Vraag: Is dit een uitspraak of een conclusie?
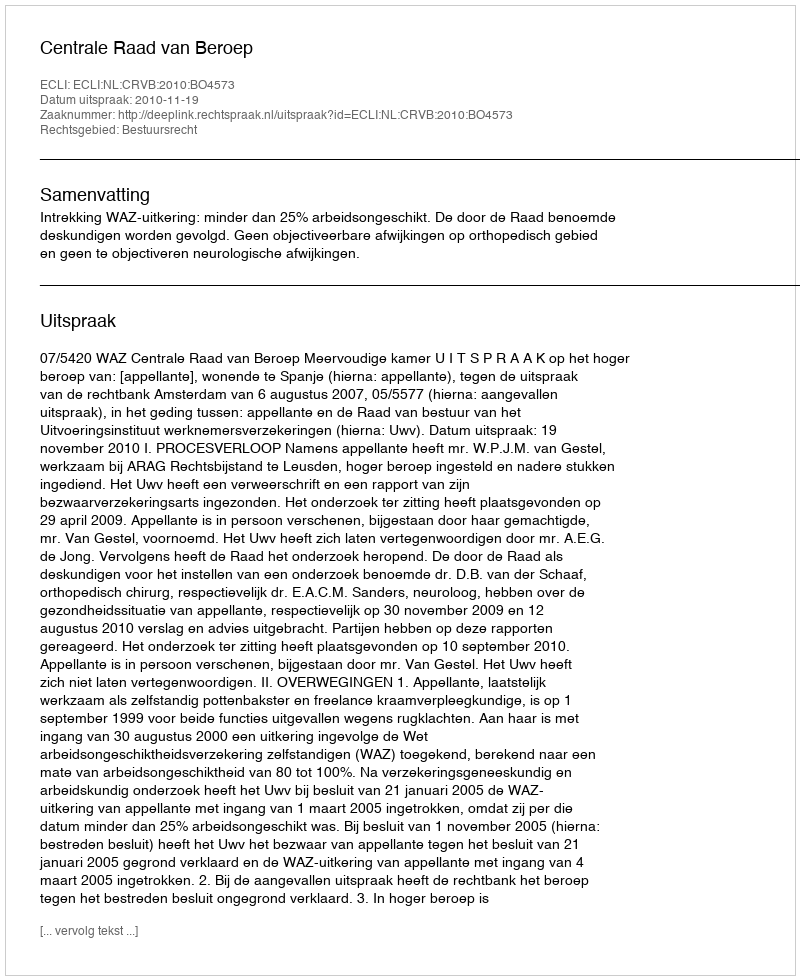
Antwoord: Uitspraak